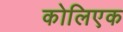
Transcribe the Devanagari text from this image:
कोलिएक